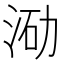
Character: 𭰛